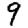
Digit: 9